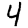
Digit: 4